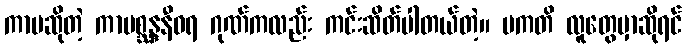
ကာမဆိုတဲ့ ကာမစ္ဆန္ဒနီဝရ ဂုဏ်ကလည်း ကင်းဆိတ်ပါတယ်တဲ့။ ပကတိ လူတွေမှာဆိုရင်